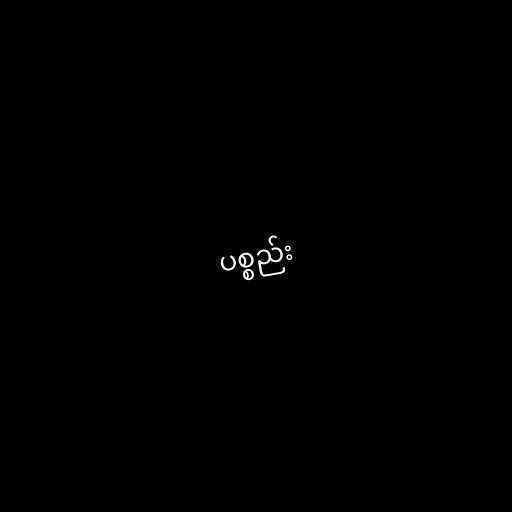
ပစ္စည်း